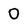
Character: 0